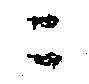
ニ